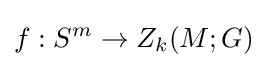
f:S^{m}\rightarrow Z_{k}(M;G)